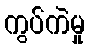
ကွပ်ကဲမှု